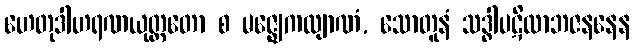
ဟေတုဒါဟရဏယုတ္တတော စ မဇ္ဈေကလျာဏံ, သောတူနံ သဒ္ဓါပဋိလာဘဇနနေန